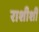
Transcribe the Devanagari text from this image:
राशीशी